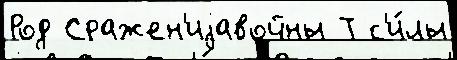
Род Сражен'иjавойны Т с'и́лы